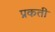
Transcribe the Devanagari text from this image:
प्रकती